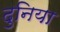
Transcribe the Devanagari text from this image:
दुनिया